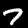
Digit: 7